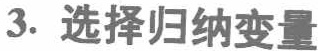
3. 选择归纳变量